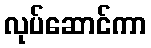
လုပ်ဆောင်ကာ